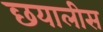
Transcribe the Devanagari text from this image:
छयालीस